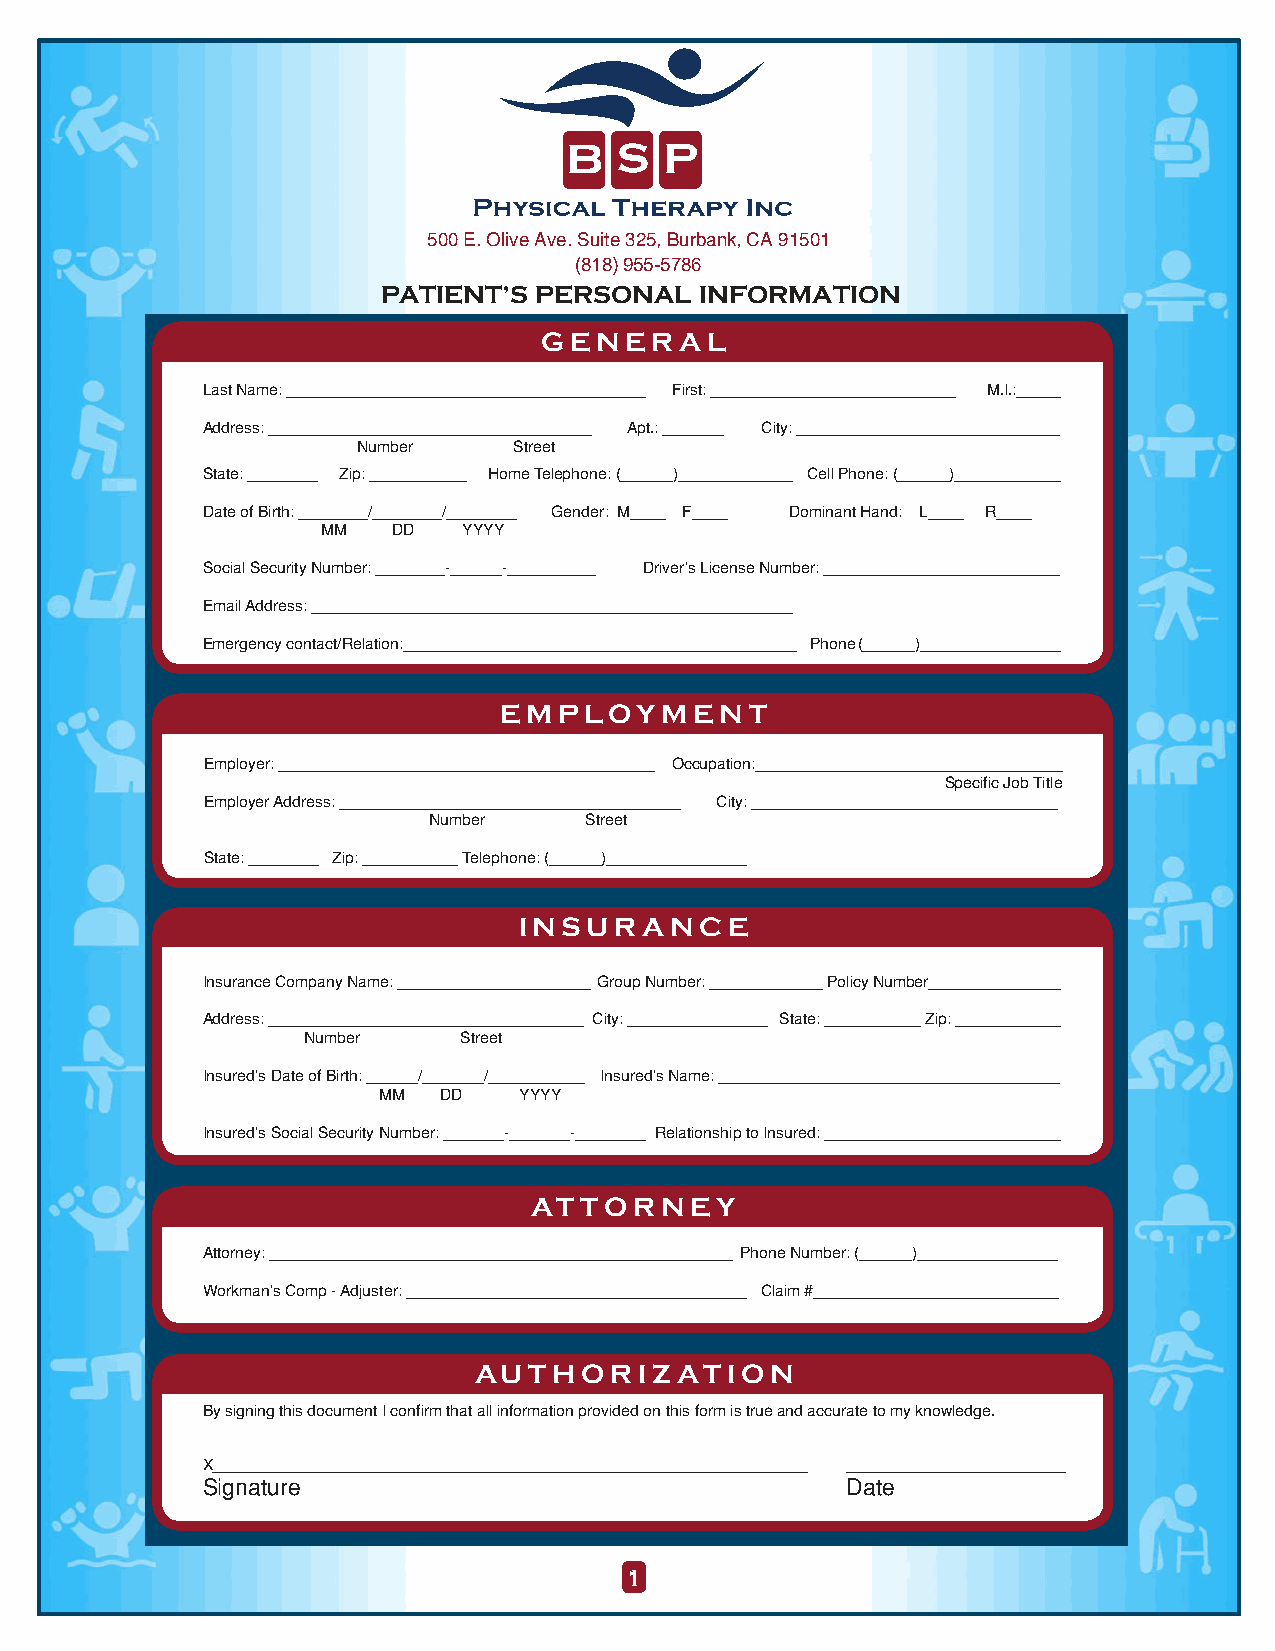
500 E. Olive Ave. Suite 325, Burbank, CA 91501
 (818)955-5786
 PATIENT’S PERSONAL   INFORMATION
 GENERAL
 Last Name: _________________________________________ First: ____________________________ M.I.:_____
 Address: _____________________________________ Apt.: _______ City: ______________________________
 Number    Street
 State: ________ Zip: ___________ Home Telephone: (______)_____________ Cell Phone: (______)____________
 Date of Birth: ________/________/________ Gender: M____ F____ Dominant Hand: L____ R____
 MM   DD   YYYY
 Social Security Number: ________-______-__________ D river’s License Number: ___________________________
 Email Address: _______________________________________________________
 Emergency contact/Relation:_____________________________________________ P hone(______)________________
 EMPLOYMENT
 Employer: ___________________________________________ Occupation:___________________________________
 Specific Job Title
 Employer Address: _______________________________________ City: ___________________________________
 Number     Street
 State: ________ Zip: ___________ Telephone: (______)________________
 INSURANCE
 Insurance Company Name: ______________________ Group Number: _____________Policy Number_______________
 Address: ____________________________________ City: ________________ State: ___________ Zip: ____________
 Number    Street
 Insured’s Date of Birth: ______/_______/___________ Insured’s Name: _______________________________________
 MM  DD   YYYY
 Insured’s Social Security Number: _______-_______-________ Relationship to Insured: ___________________________
 ATTORNEY
 Attorney: _____________________________________________________ Phone Number: (______)________________
 Workman’s Comp - Adjuster: _______________________________________ Claim #____________________________
 AUTHORIZATION
 By signing this document I confirm that all information provided on this form is true and accurate to my knowledge.
 X____________________________________________________________________ _________________________
 Signature                                  Date
 1